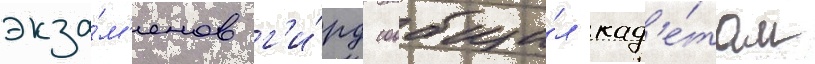
экза́м'енов г'и́рд сообщи́л кад'е́там